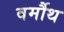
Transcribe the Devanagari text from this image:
वर्मौथ